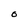
Character: O